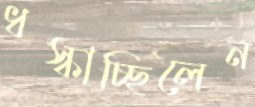
ধস্‌কাচ্ছিলেন